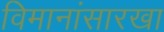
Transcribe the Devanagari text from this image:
विमानांसारखा